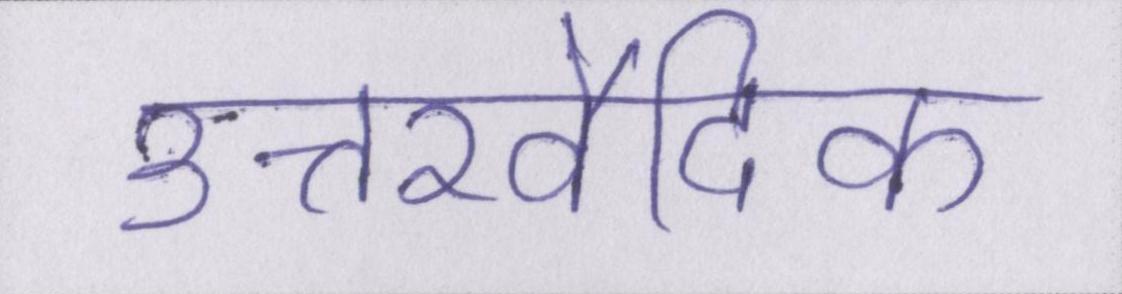
उत्तरवैदिक